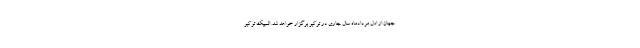
جهان از اول مردادماه سال جاری در ‌توکیو برگزار خواهد شد. المپیک توکیو